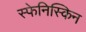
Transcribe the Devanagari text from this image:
स्फेनिस्किन